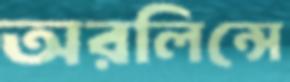
অরলিন্সে